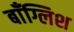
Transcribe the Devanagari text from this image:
बाँग्लिश